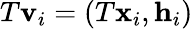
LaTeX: T\mathbf{v}_{i}=(T\mathbf{x}_{i},\mathbf{h}_{i})